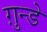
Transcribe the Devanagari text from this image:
ग़ुन्डे